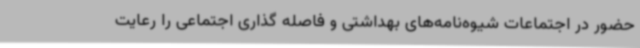
حضور در اجتماعات شیوه‌نامه‌های بهداشتی و فاصله گذاری اجتماعی را رعایت